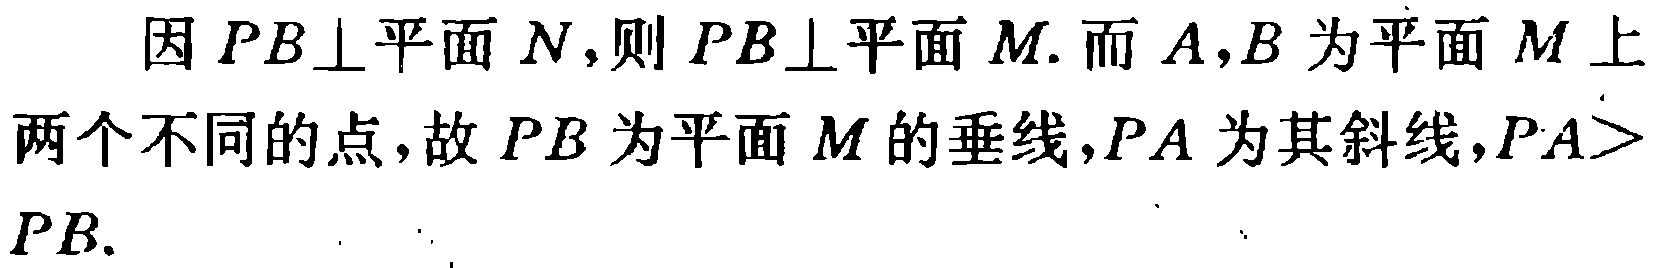
因 \(PB\perp\)平面 \(N\)，则 \(PB\perp\)平面 \(M\). 而 \(A,B\) 为平面 \(M\) 上两个不同的点，故 \(PB\) 为平面 \(M\) 的垂线，\(PA\) 为其斜线，\(PA > PB\).